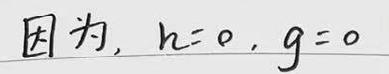
因为, $h = 0$, $g = 0$